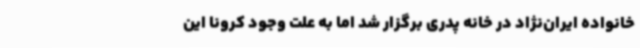
خانواده ایران‌نژاد در خانه پدری برگزار شد اما به علت وجود کرونا این